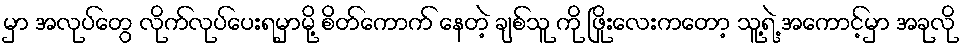
မှာ အလုပ်တွေ လိုက်လုပ်ပေးရမှာမို့ စိတ်ကောက် နေတဲ့ ချစ်သူ ကို ဖြိုးလေးကတော့ သူ့ရဲ့ အကောင့်မှာ အခုလို